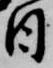
日